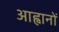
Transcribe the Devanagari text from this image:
आह्वानों